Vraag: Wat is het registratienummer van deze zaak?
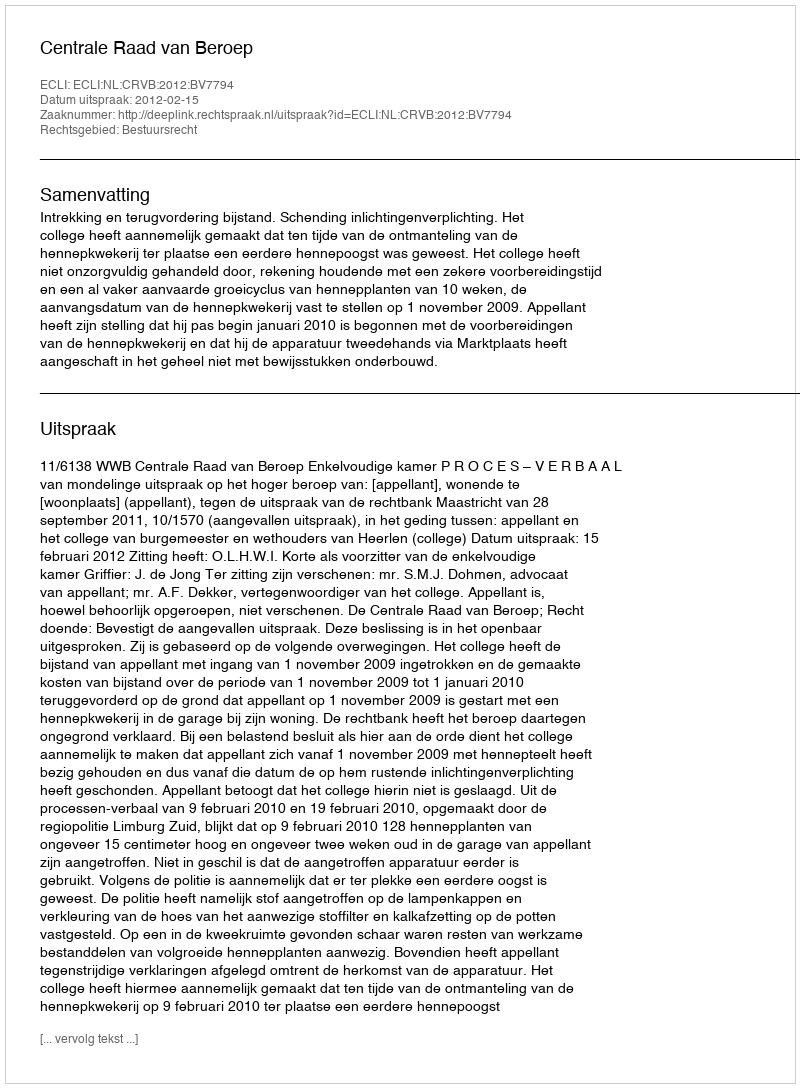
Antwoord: http://deeplink.rechtspraak.nl/uitspraak?id=ECLI:NL:CRVB:2012:BV7794